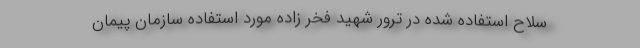
سلاح استفاده شده در ترور شهید فخر زاده مورد استفاده سازمان پیمان